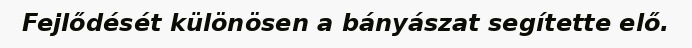
Fejlődését különösen a bányászat segítette elő.